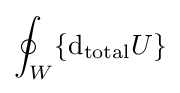
\oint _{W}\{{\text{d}}_{\text{total}}U\}